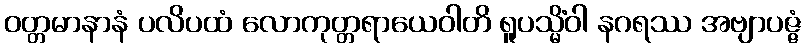
ဝတ္တမာနာနံ ပလိပထံ လောကုတ္တရာယေဝါတိ ရူပသ္မိံဝါ နဂရဿ အဗျာပဇ္ဇံ